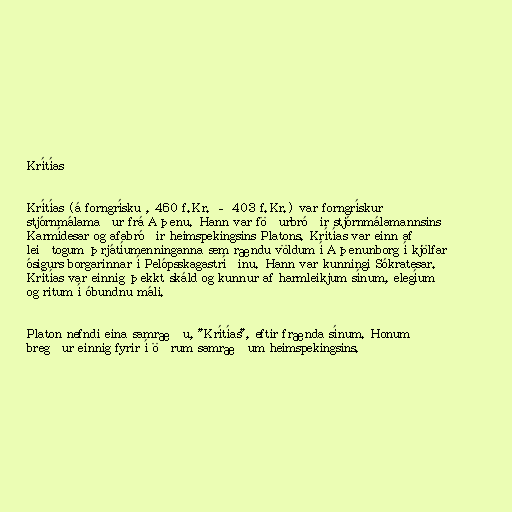
Krítías

Krítías (á forngrísku , 460 f.Kr. – 403 f.Kr.) var forngrískur
stjórnmálamaður frá Aþenu. Hann var föðurbróðir stjórnmálamannsins
Karmídesar og afabróðir heimspekingsins Platons. Krítías var einn af
leiðtogum þrjátíumenninganna sem rændu völdum í Aþenunborg í kjölfar
ósigurs borgarinnar í Pelópsskagastríðinu. Hann var kunningi Sókratesar.
Krítías var einnig þekkt skáld og kunnur af harmleikjum sínum, elegíum
og ritum í óbundnu máli.

Platon nefndi eina samræðu, "Krítías", eftir frænda sínum. Honum
bregður einnig fyrir í öðrum samræðum heimspekingsins.